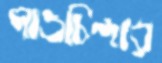
পাওচিন্দার